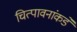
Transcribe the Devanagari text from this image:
चित्पावनांकडे